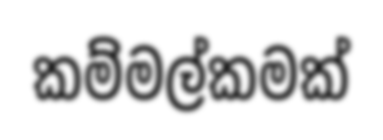
කම්මල්කමක්